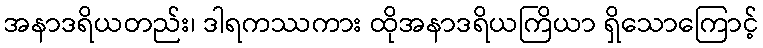
အနာဒရိယတည်း၊ ဒါရကဿကား ထိုအနာဒရိယကြိယာ ရှိသောကြောင့်